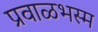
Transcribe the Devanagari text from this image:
प्रवाळभस्म